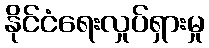
နိုင်ငံရေးလှုပ်ရှားမှု